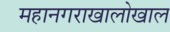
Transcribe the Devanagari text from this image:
महानगराखालोखाल